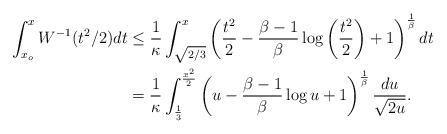
LaTeX: \begin{align*} \int_{x_o}^x W^{-1}(t^2/2) dt& \leq \frac{1}{\kappa}\int_{\sqrt{2/3}}^x \left( \frac{t^2}{2} - \frac{\beta-1}{\beta} \log \left( \frac{t^2}{2} \right) + 1 \right)^\frac{1}{\beta} dt \\& =\frac{1}{\kappa}\int_{\frac{1}{3}}^{\frac{x^2}{2}} \left( u - \frac{\beta-1}{\beta} \log u + 1 \right)^\frac{1}{\beta} \frac{du}{\sqrt{2u}}. \end{align*}